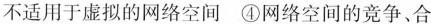
不适用于虚拟的网络空间 ④网络空间的竞争、合